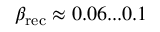
\beta _ { \mathrm { r e c } } \approx 0 . 0 6 . . . 0 . 1